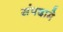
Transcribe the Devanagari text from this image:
संपदामे